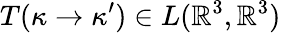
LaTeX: T(\kappa\to\kappa^{\prime})\in L(\mathbb R^{3},\mathbb R^{3})